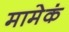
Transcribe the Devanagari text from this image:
मामेकं